Investigations into the jail dietaries of the United Provinces with some observations on the influence of dietary on the physical development and well-being of the people of the United Provinces - Number 48
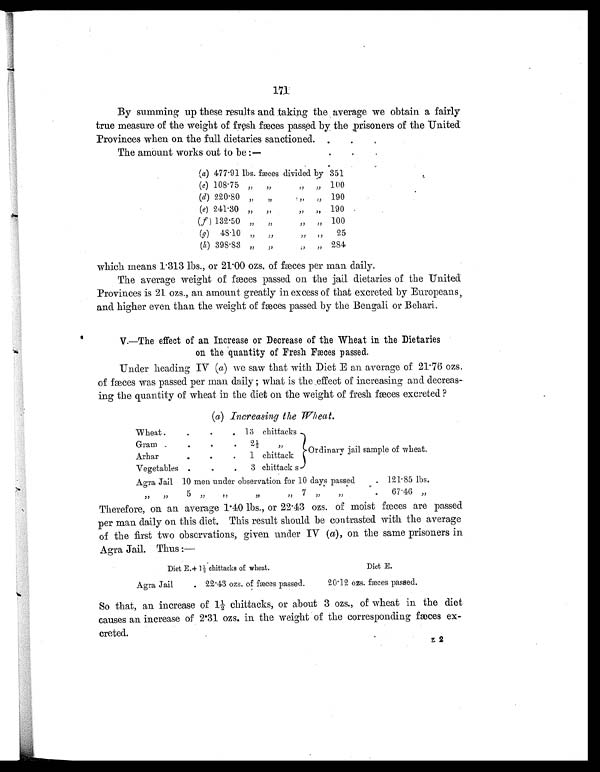
171
By summing up these results and taking the average we obtain a fairly
true measure of the weight of fresh fæces passed by the prisoners of the United
Provinces when on the full dietaries sanctioned.
The amount works out to be :—
(a) 477.91 lbs. fæces divided by 351
(c) 108.75 „ , ,
,, , , 100
(d) 220.80 ,, ,,
, , „ 190
(e) 241.30 „ ,,
, , , , 190
(f ) 132.50 „ „
, , , , 100
(
g ) 4 8 . 1 0 „
, ,
, , , , 25
(h) 398.83 , , , ,
, , , , 284
which means 1.313 lbs., or 21.00 ozs. of fæces per man daily.
The average weight of fæces passed on the jail dietaries of the United
Provinces is 21 ozs., an amount greatly in excess of that excreted by Europeans,
and higher even than the weight of fæces passed by the Bengali or Behari.
V.—The effect of an Increase or Decrease of the Wheat in the Dietaries
on the quantity of Fresh Faeces passed.
Under heading IV (a) we saw that with Diet E an average of 21.76 ozs.
of fæces was passed per man daily; what is the effect of increasing and decreas-
ing the quantity of wheat in the diet on the weight of fresh faeces excreted ?
(a) Increasing the Wheat.
Wheat
.
.
. 13 chittacks
Ordinary jail sample of wheat.
Gram
.
.
. 2½ ,,
Arhar
.
.
. 1 chittack
Vegetables .
.
. 3 chittacks
Agra Jail 10 men under observation for 10 days passed
. 121.85 lbs.
, ,
, , 5 , , ,,
, ,
, , 7 , ,
, ,
. 67.46 „
Therefore, on an average 1.40 lbs., or 22.43 ozs. of moist fæces are passed
per man daily on this diet. This result should be contrasted with the average
of the first two observations, given under IV ( a), on the same prisoners in
Agra Jail. Thus :—
Diet E. +1½ chi t t acks of wheat .
Diet E.
Agra Jail
. 22.43 ozs. of fæces passed.
20.12 ozs. fæces passed.
So that, an increase of 1½ chittacks, or about 3 ozs., of wheat in the diet
causes an increase of 2.31 ozs. in the weight of the corresponding fæces
excreted.
z 2